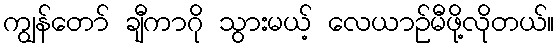
ကျွန်တော် ချီကာဂို သွားမယ့် လေယာဉ်မီဖို့လိုတယ်။